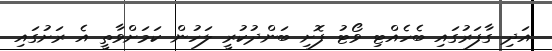
އަދި ގާފަރުގައި ބެހެއްޓި ވޯޓު ފޮށި ބަންދުކުރީ ލަހުން ކަމަށްވާތީ އެ ރަށުގައި